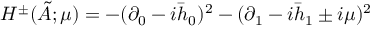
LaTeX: H ^ { \pm } ( \tilde { A } ; \mu ) = - ( \partial _ { 0 } - i \bar { h } _ { 0 } ) ^ { 2 } - ( \partial _ { 1 } - i \bar { h } _ { 1 } \pm i \mu ) ^ { 2 }